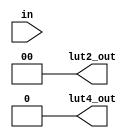
module frac_lut4(
   input [0:3] in,
   output [0:1] lut2_out,
   output lut4_out
);
    parameter [0:15] LUT = 0;
    wire [0:3] li = in;
    wire [0:7] s1 = li[0] ?
        {LUT[0], LUT[2], LUT[4], LUT[6], LUT[8], LUT[10], LUT[12], LUT[14]}:
        {LUT[1], LUT[3], LUT[5], LUT[7], LUT[9], LUT[11], LUT[13], LUT[15]};
    wire [0:3] s2 = li[1] ? {s1[0], s1[2], s1[4], s1[6]} : 
                            {s1[1], s1[3], s1[5], s1[7]};
    wire [0:1] s3 = li[2] ? {s2[0], s2[2]} : {s2[1], s2[3]};
    assign lut2_out[0] = s2[2];
    assign lut2_out[1] = s2[3];
    assign  lut4_out = li[3] ? s3[0] : s3[1];
endmodule